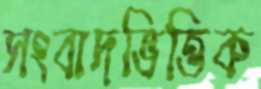
সংবাদভিত্তিক